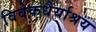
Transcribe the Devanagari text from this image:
विवेकधैर्याश्रय